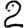
Digit: 2